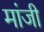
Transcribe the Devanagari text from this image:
मांजी